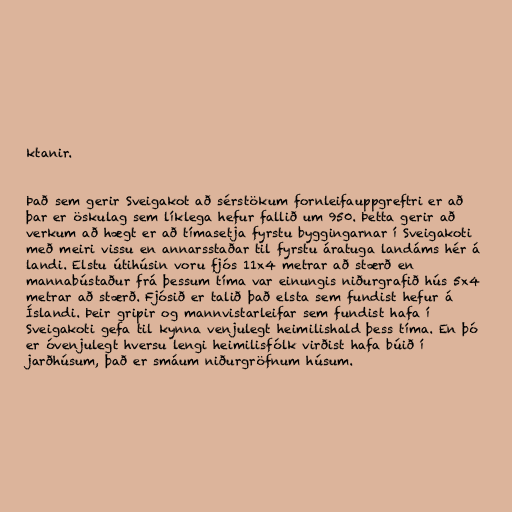
ktanir.

Það sem gerir Sveigakot að sérstökum fornleifauppgreftri er að
þar er öskulag sem líklega hefur fallið um 950. Þetta gerir að
verkum að hægt er að tímasetja fyrstu byggingarnar í Sveigakoti
með meiri vissu en annarsstaðar til fyrstu áratuga landáms hér á
landi. Elstu útihúsin voru fjós 11x4 metrar að stærð en
mannabústaður frá þessum tíma var einungis niðurgrafið hús 5x4
metrar að stærð. Fjósið er talið það elsta sem fundist hefur á
Íslandi. Þeir gripir og mannvistarleifar sem fundist hafa í
Sveigakoti gefa til kynna venjulegt heimilishald þess tíma. En þó
er óvenjulegt hversu lengi heimilisfólk virðist hafa búið í
jarðhúsum, það er smáum niðurgröfnum húsum.